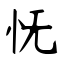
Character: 怃